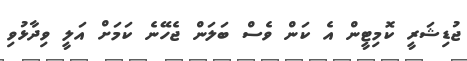
ޖުޑިޝަރީ ކޮމިޓީން އެ ކަން ވެސް ބަލަން ޖެހޭނެ ކަމަށް އަލީ ވިދާޅުވި